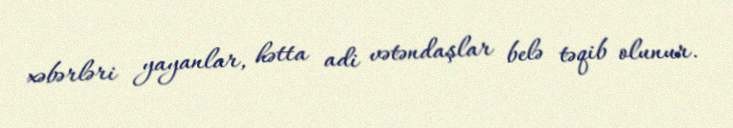
xəbərləri yayanlar, hətta adi vətəndaşlar belə təqib olunur.